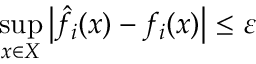
\underset { x \in { \cal { X } } } { \operatorname* { s u p } } \left| \hat { f } _ { i } ( x ) - f _ { i } ( x ) \right| \le \varepsilon